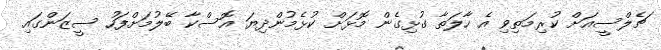
ޗެލްސީއަށް ކުރިމަތިވި އެ ހާލަތާ ގުޅިގެން މޮޅަށް ކުޅެމުންދިޔަ އޮސްކާ ބޭލުމަށްފަހު ސީޒަންގައި